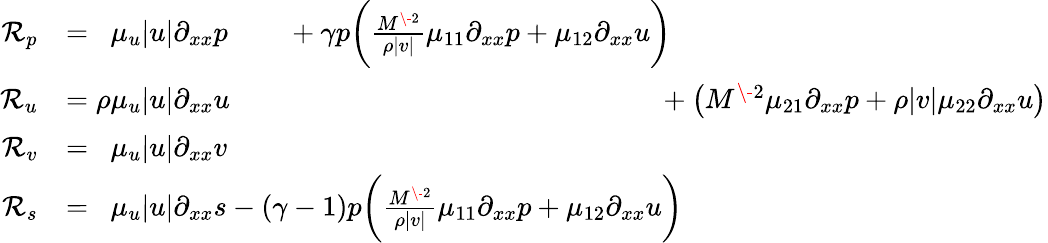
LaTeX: \begin{array}{rl}{\mathcal{R}_{p}}&{=\phantom{\rho}\mu_{u}|u|\partial_{xx}p\phantom{(-1)}+\gamma p\bigg(\frac{M^{\- 2}}{\rho|v|}\mu_{11}\partial_{xx}p+\mu_{12}\partial_{xx}u\bigg)\phantom{+\big(M^{\- 2}\mu_{21}\partial_{xx}p+\rho|v|\mu_{22}\partial_{xx}u\big)}}\\ {\mathcal{R}_{u}}&{=\rho\mu_{u}|u|\partial_{xx}u\phantom{+(\gamma-1)p\big(\frac{M^{\- 2}}{\rho|v|}\mu_{11}\partial_{xx}p+\mu_{12}\partial_{xx}u\big)}+\big(M^{\- 2}\mu_{21}\partial_{xx}p+\rho|v|\mu_{22}\partial_{xx}u\big)}\\ {\mathcal{R}_{v}}&{=\phantom{\rho}\mu_{u}|u|\partial_{xx}v}\\ {\mathcal{R}_{s}}&{=\phantom{\rho}\mu_{u}|u|\partial_{xx}s-(\gamma-1)p\bigg(\frac{M^{\- 2}}{\rho|v|}\mu_{11}\partial_{xx}p+\mu_{12}\partial_{xx}u\bigg)}\end{array}